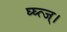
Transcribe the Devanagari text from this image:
घ्घ्त्ज्।